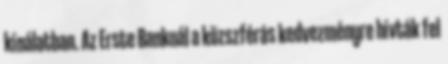
kínálatban. Az Erste Banknál a közszférás kedvezményre hívták fel